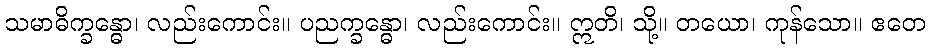
သမာဓိက္ခန္ဓော၊ လည်းကောင်း။ ပညက္ခန္ဓော၊ လည်းကောင်း။ ဣတိ၊ သို့။ တယော၊ ကုန်သော။ ဧတေ